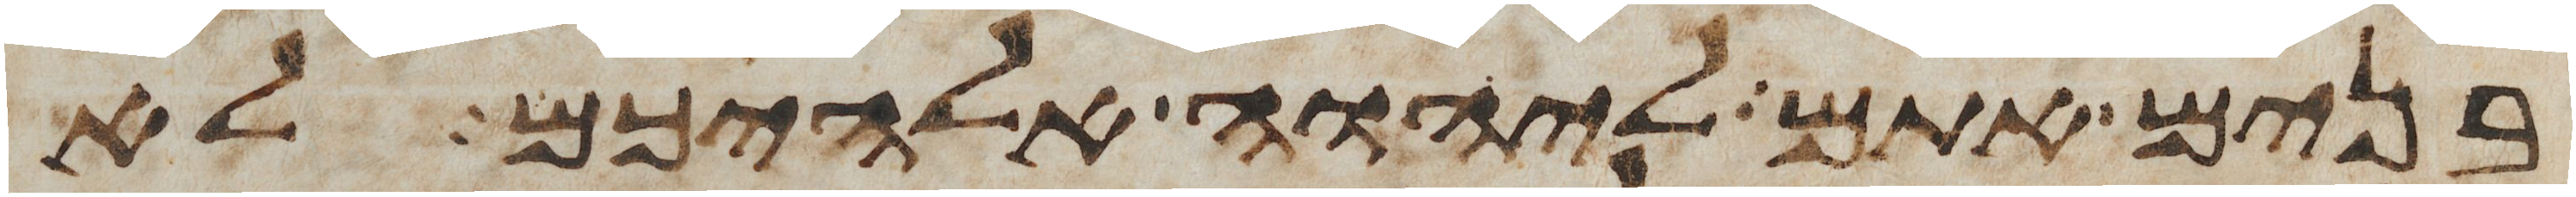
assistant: בנים אתם ליהוה אלהיכם לא